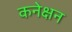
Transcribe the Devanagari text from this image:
कनेक्षन